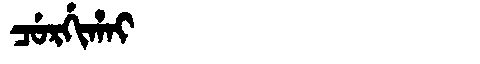
Manchu: ᠴᡠᡵᡤᡳᡥᠠᡳ
Romanization: CURGIHAI